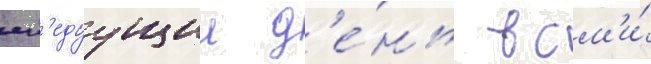
сл'едуущии д'е́нь в см'и́